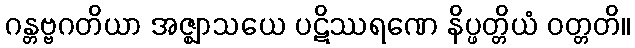
ဂန္တဗ္ဗဂတိယာ အဇ္ဈာသယေ ပဋိဿရဏေ နိပ္ဖတ္တိယံ ဝတ္တတိ။